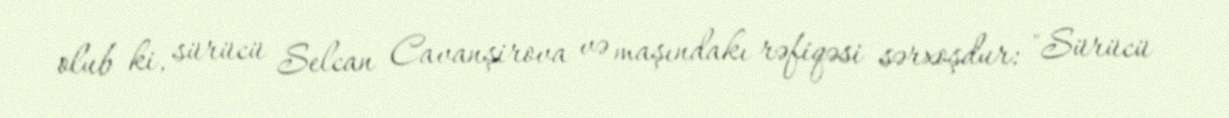
olub ki, sürücü Selcan Cavanşirova və maşındakı rəfiqəsi sərxoşdur: "Sürücü